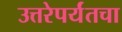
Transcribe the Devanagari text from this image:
उत्तरेपर्यंतचा